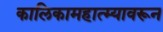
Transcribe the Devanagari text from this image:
कालिकामहात्म्यावरून